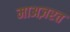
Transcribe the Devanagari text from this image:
माअज़रत